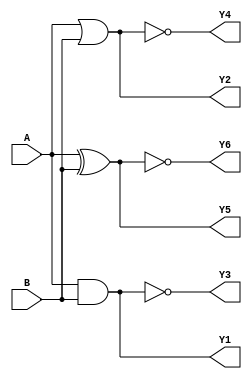
`timescale 1ns / 1ps
//////////////////////////////////////////////////////////////////////////////////
// Company: 
// Engineer: 
// 
// Design Name: 
// Module Name: GATES
// Project Name: 
// Target Devices: 
// Tool Versions: 
// Description: 
// 
// Dependencies: 
// 
// Revision:
// Revision 0.01 - File Created
// Additional Comments:
// 
//////////////////////////////////////////////////////////////////////////////////


module GATES(input A,B,output Y1,Y2,Y3,Y4,Y5,Y6);
assign Y1=A&B;
assign Y2=A|B;
assign Y3=~(A&B);
assign Y4=~(A|B);
assign Y5=A^B;
assign Y6=~(A^B);
endmodule